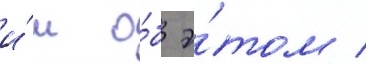
и́м о́б э́том /